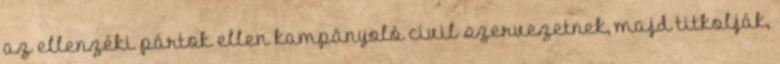
az ellenzéki pártok ellen kampányoló civil szervezetnek, majd titkolják,